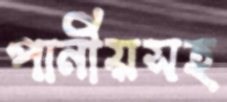
পানীয়সহ